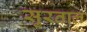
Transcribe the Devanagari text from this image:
सुरताल